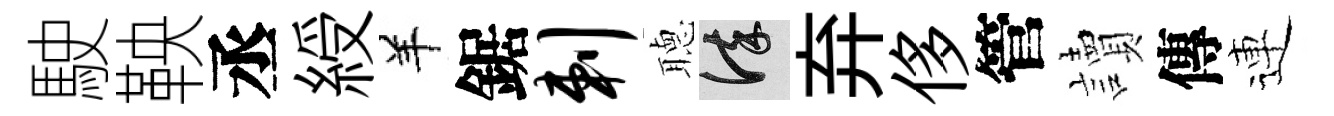
駛鞅丞綬羊鋸剌𦗟謹弃侈管讀傳連